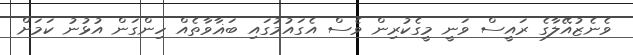
ވެނެޒުއޭލާގެ ރައީސް ވަނީ މީގެކުރިން ވެސް އެގައުމުގައި ބަޣާވާތެއް ހިންގަން އުޅުނު ކަމަށް